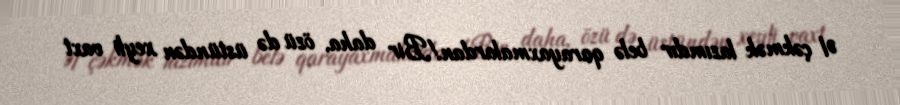
Əl çəkmək lazımdır belə qarayaxmalardan!Bir daha, özü də üstündən xeyli vaxt